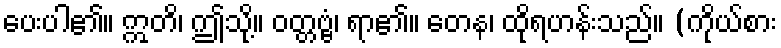
ပေးပါ၏။ ဣတိ၊ ဤသို့။ ဝတ္တဗ္ဗံ၊ ရာ၏။ တေန၊ ထိုရဟန်းသည်။ (ကိုယ်စား